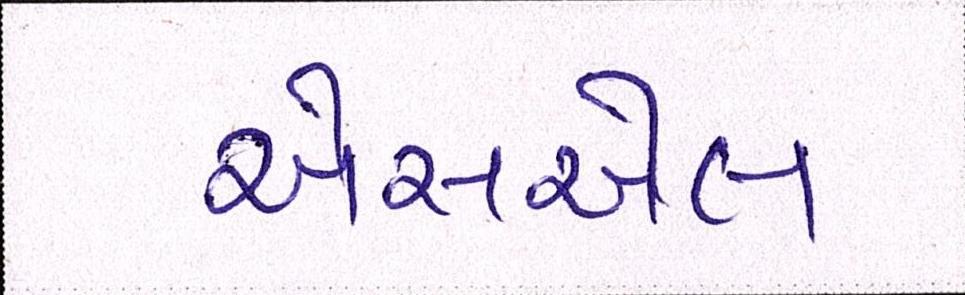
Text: એસએલ